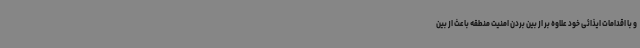
و با اقدامات ایذائی خود علاوه بر از بین بردن امنیت منطقه باعث از بین